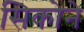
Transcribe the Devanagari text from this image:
सिकोने